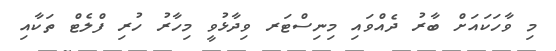
މި ވާހަކައަށް ބާރު ދެއްވައި މިނިސްޓަރ ވިދާޅުވީ މިހާރު ހުރި ފްލެޓް ތަކާއި